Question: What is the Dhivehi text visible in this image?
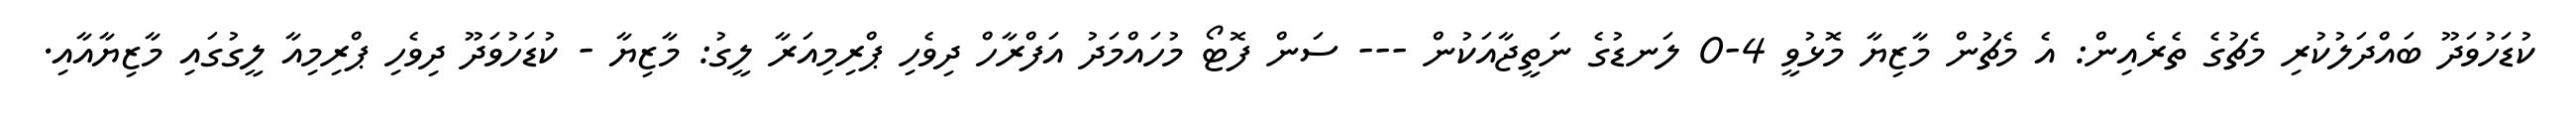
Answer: ކުޑަހުވަދޫ ބައްދަލުކުރި މެޗުގެ ތެރެއިން: އެ މެޗުން މާޒިޔާ މޮޅުވީ 4-0 ލަނޑުގެ ނަތީޖާއަކުން --- ސަން ފޮޓޯ މުހައްމަދު އަފްރާހް ދިވެހި ޕްރިމިއަރާ ލީގު: މާޒިޔާ - ކުޑަހުވަދޫ ދިވެހި ޕްރިމިއާ ލީގުގައި މާޒިޔާއާއި.